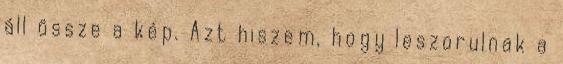
áll össze a kép. Azt hiszem, hogy leszorulnak a